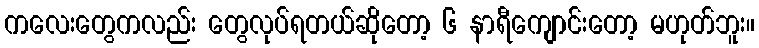
ကလေးတွေကလည်း တွေလုပ်ရတယ်ဆိုတော့ ၆ နာရီကျောင်းတော့ မဟုတ်ဘူး။